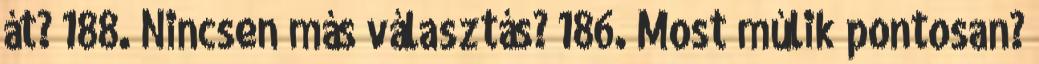
át? 188. Nincsen más választás? 186. Most múlik pontosan?